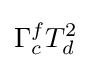
\Gamma _{c}^{f}T_{d}^{2}